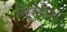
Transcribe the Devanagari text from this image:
निरपेश